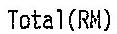
TOTAL(RM)